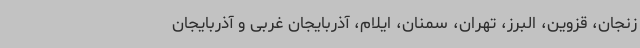
زنجان، قزوین، البرز، تهران، سمنان، ایلام، آذربایجان غربی و آذربایجان